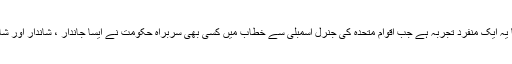
پاکستان کی تاریخ کا یہ ایک منفرد تجربہ ہے جب اقوام متحدہ کی جنرل اسمبلی سے خطاب میں کسی بھی سربراہ حکومت نے ایسا جاندار ، شاندار اور شاہکار خطاب کیا ہے۔